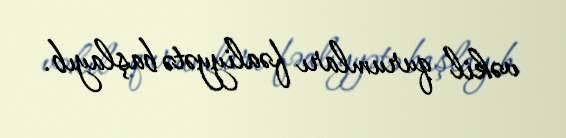
vəkil qurumları fəaliyyətə başlayıb.